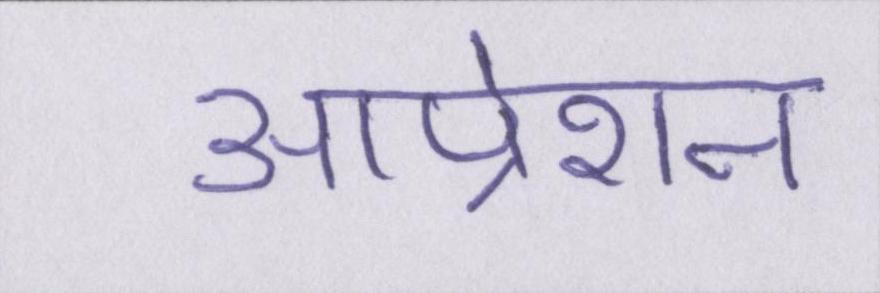
आप्रेशन